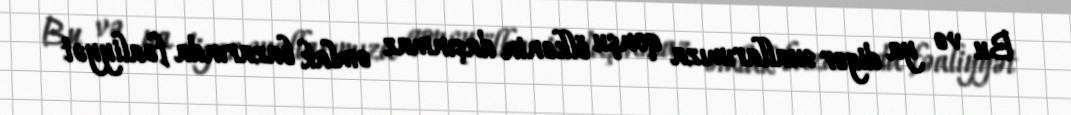
Bu və ya digər suallarımıza qonşu ölkənin daşınmaz əmlak bazarında fəaliyyət